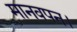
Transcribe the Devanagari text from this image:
मानवपन।